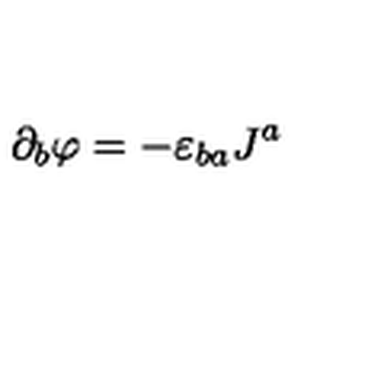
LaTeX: \partial _ { b } \varphi = - \varepsilon _ { b a } J ^ { a }